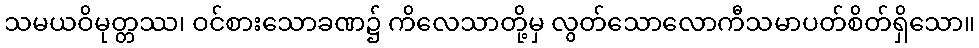
သမယဝိမုတ္တဿ၊ ဝင်စားသောခဏ၌ ကိလေသာတို့မှ လွတ်သောလောကီသမာပတ်စိတ်ရှိသော။